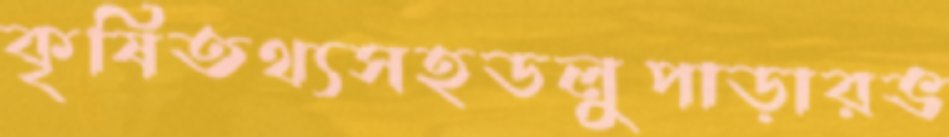
কৃষিতথ্যসহডলুপাড়ারভ